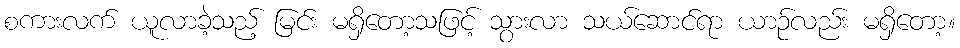
စကားလက် ယူလာခဲ့သည့် မြင်း မရှိတော့သဖြင့် သွားလာ သယ်ဆောင်ရာ ယာဉ်လည်း မရှိတော့။